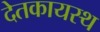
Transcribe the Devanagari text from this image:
देतकायस्थ